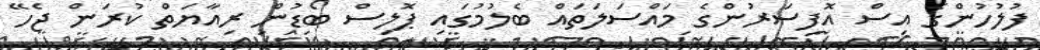
ފުލުހުންގެ އިސް އޮފިސަރުންގެ މައްސަލަތައް ބެލުމުގައި ޕޮލިސް ބޯޑުން ރިއާޔަތް ކުރަން ޖެހޭ